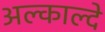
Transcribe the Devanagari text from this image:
अल्काल्दे